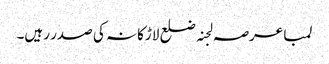
لمبا عرصہ لجنہ ضلع لاڑکانہ کی صدر رہیں۔